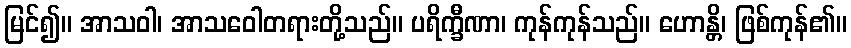
မြင်၍။ အာသဝါ၊ အာသဝေါတရားတို့သည်။ ပရိက္ခီဏာ၊ ကုန်ကုန်သည်။ ဟောန္တိ၊ ဖြစ်ကုန်၏။